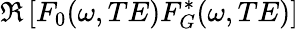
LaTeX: \Re\left[F_{0}(\omega,TE)F_{G}^{*}(\omega,TE)\right]